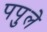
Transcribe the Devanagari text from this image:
पपुले